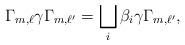
LaTeX: \begin{align*}\Gamma_{m,\ell}\gamma \Gamma_{m,\ell^\prime} = \bigsqcup_i \beta_i \gamma \Gamma_{m,\ell^\prime},\end{align*}